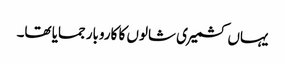
یہاں کشمیری شالوں کا کاروبار جمایا تھا۔